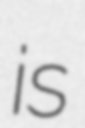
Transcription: is